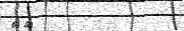
٦٣